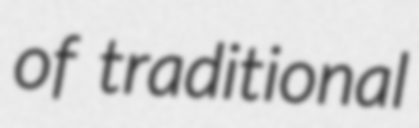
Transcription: of traditional